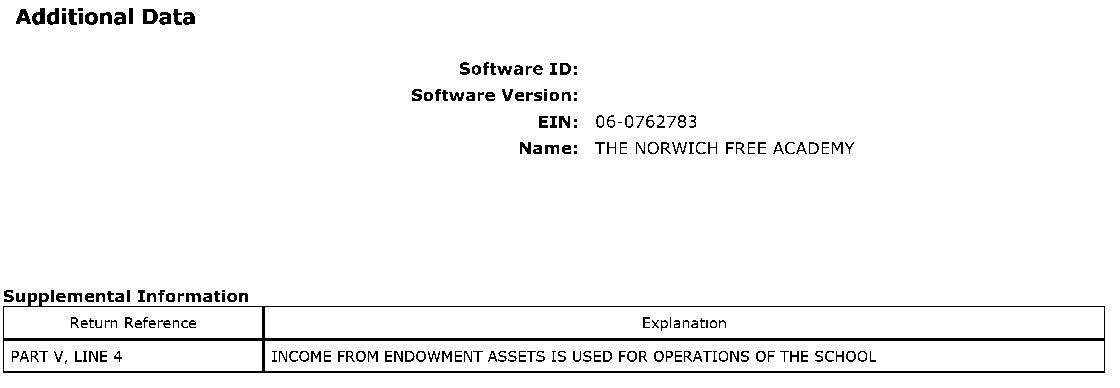
Additional Data
 Software ID:
 Software Version:
 EIN: 06-0762783
 Name: THE NORWICH FREE ACADEMY
 S upplementa In f ormation
 Retu rn Reference                     Explanation
 PART V, LINE 4   INCOME FROM ENDOWMENT ASSETS IS USED FOR OPERATIONS OF THE SCHOOL